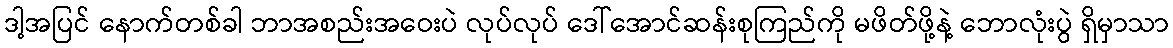
ဒါ့အပြင် နောက်တစ်ခါ ဘာအစည်းအဝေးပဲ လုပ်လုပ် ဒေါ်အောင်ဆန်းစုကြည်ကို မဖိတ်ဖို့နဲ့ ဘောလုံးပွဲ ရှိမှာသာ